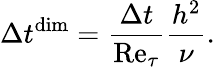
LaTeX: \Delta t^{\mathrm{dim}}=\frac{\Delta t}{\mathrm{Re}_{\tau}}\frac{h^{2}}{\nu}.